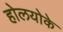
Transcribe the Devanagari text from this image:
होलयोके